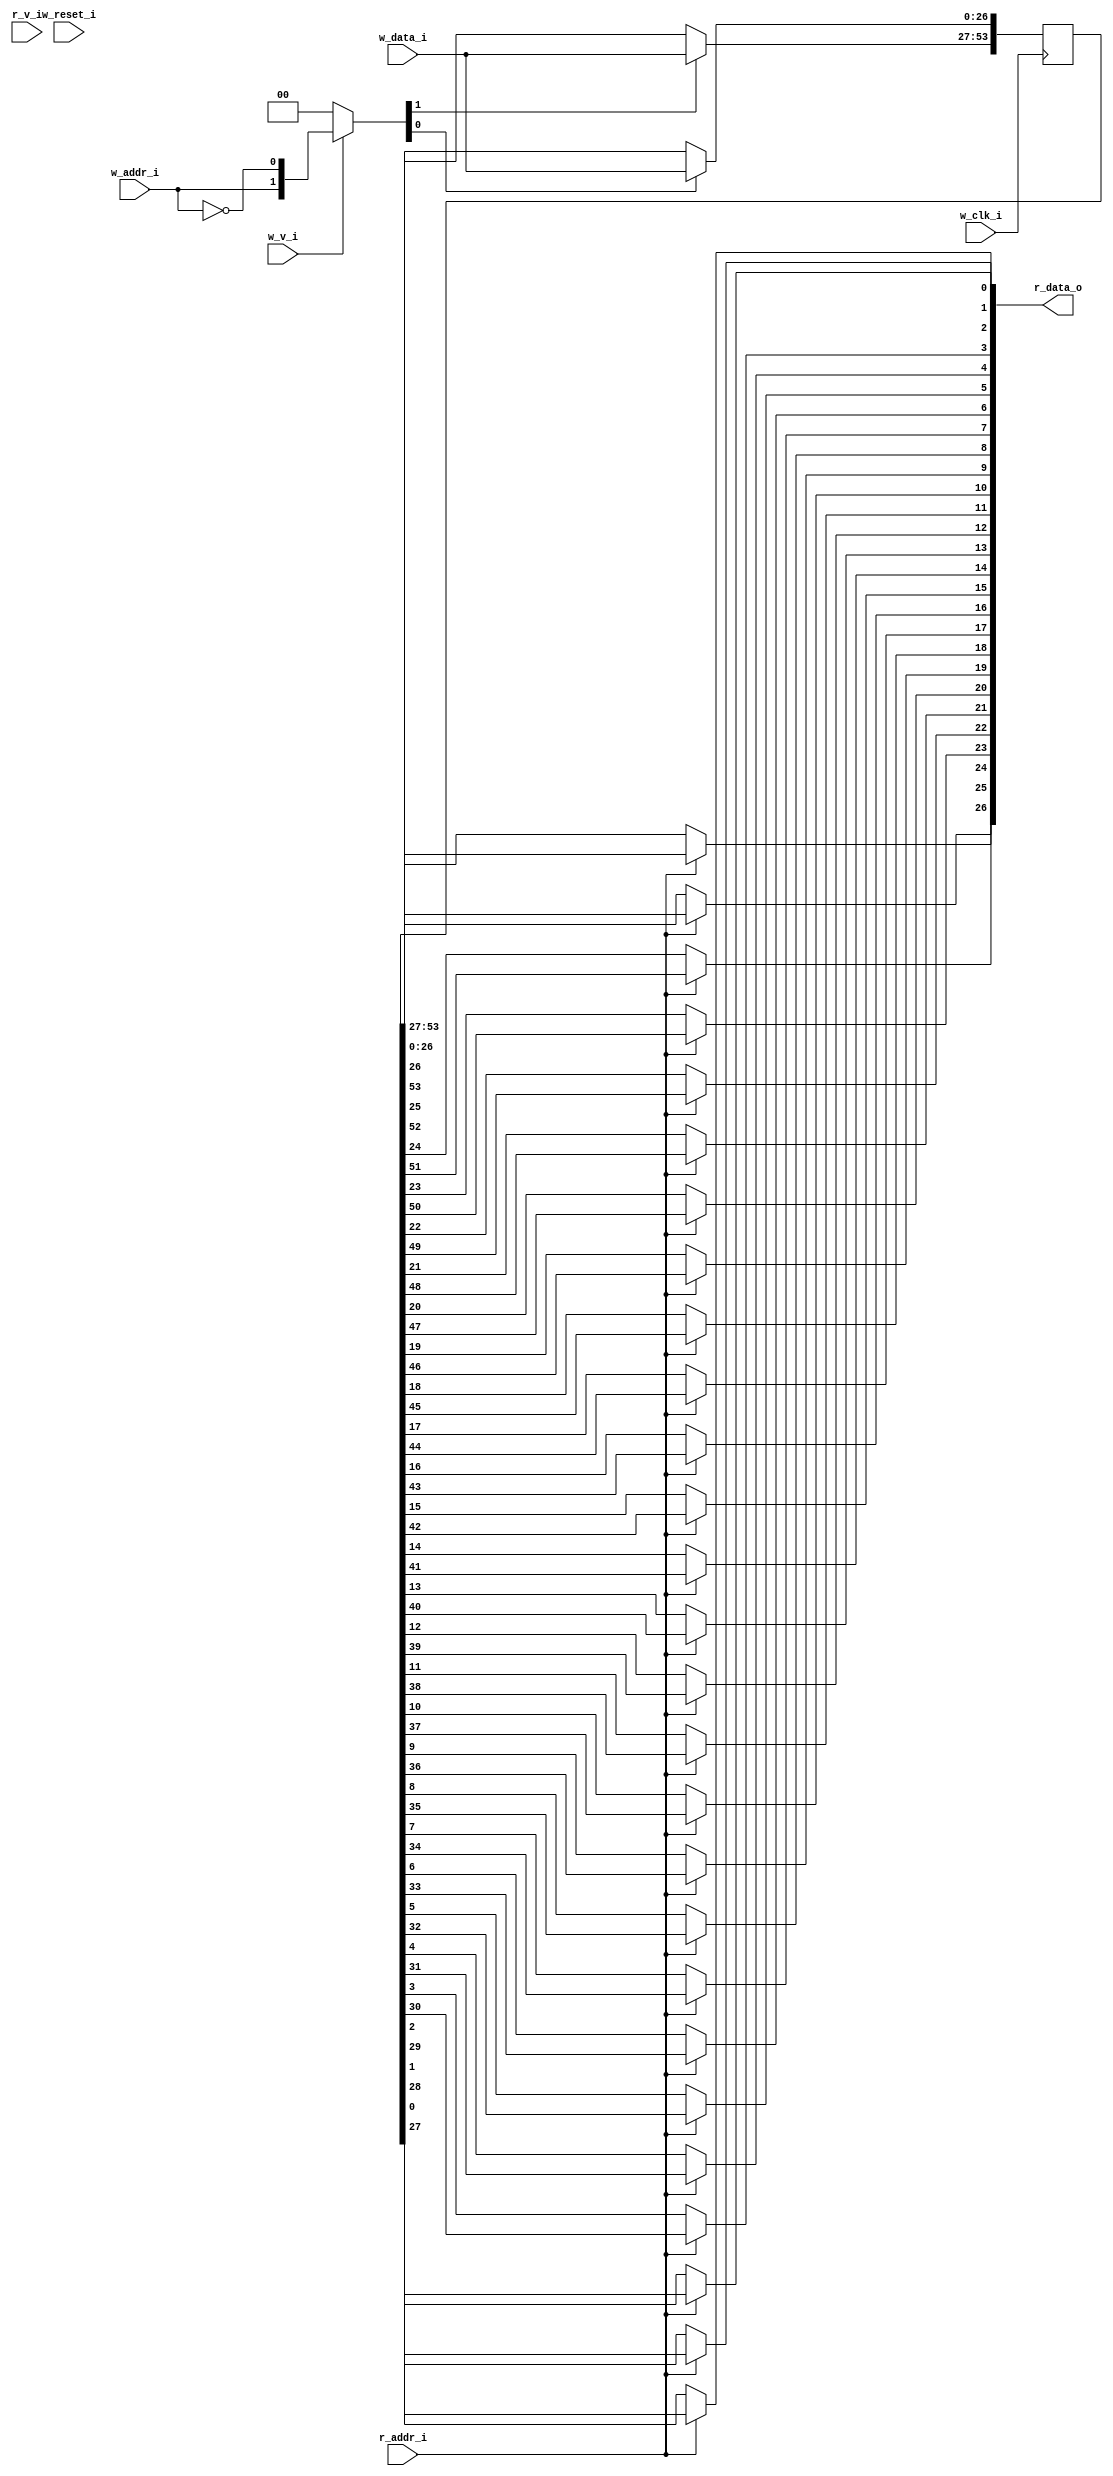
// This program was cloned from: https://github.com/NYU-MLDA/OpenABC
// License: BSD 3-Clause "New" or "Revised" License

module bsg_mem_1r1w_synth_width_p27_els_p2_read_write_same_addr_p0_harden_p0
(
  w_clk_i,
  w_reset_i,
  w_v_i,
  w_addr_i,
  w_data_i,
  r_v_i,
  r_addr_i,
  r_data_o
);

  input [0:0] w_addr_i;
  input [26:0] w_data_i;
  input [0:0] r_addr_i;
  output [26:0] r_data_o;
  input w_clk_i;
  input w_reset_i;
  input w_v_i;
  input r_v_i;
  wire [26:0] r_data_o;
  wire N0,N1,N2,N3,N4,N5,N7,N8;
  reg [53:0] mem;
  assign r_data_o[26] = (N3)? mem[26] :
                        (N0)? mem[53] : 1'b0;
  assign N0 = r_addr_i[0];
  assign r_data_o[25] = (N3)? mem[25] :
                        (N0)? mem[52] : 1'b0;
  assign r_data_o[24] = (N3)? mem[24] :
                        (N0)? mem[51] : 1'b0;
  assign r_data_o[23] = (N3)? mem[23] :
                        (N0)? mem[50] : 1'b0;
  assign r_data_o[22] = (N3)? mem[22] :
                        (N0)? mem[49] : 1'b0;
  assign r_data_o[21] = (N3)? mem[21] :
                        (N0)? mem[48] : 1'b0;
  assign r_data_o[20] = (N3)? mem[20] :
                        (N0)? mem[47] : 1'b0;
  assign r_data_o[19] = (N3)? mem[19] :
                        (N0)? mem[46] : 1'b0;
  assign r_data_o[18] = (N3)? mem[18] :
                        (N0)? mem[45] : 1'b0;
  assign r_data_o[17] = (N3)? mem[17] :
                        (N0)? mem[44] : 1'b0;
  assign r_data_o[16] = (N3)? mem[16] :
                        (N0)? mem[43] : 1'b0;
  assign r_data_o[15] = (N3)? mem[15] :
                        (N0)? mem[42] : 1'b0;
  assign r_data_o[14] = (N3)? mem[14] :
                        (N0)? mem[41] : 1'b0;
  assign r_data_o[13] = (N3)? mem[13] :
                        (N0)? mem[40] : 1'b0;
  assign r_data_o[12] = (N3)? mem[12] :
                        (N0)? mem[39] : 1'b0;
  assign r_data_o[11] = (N3)? mem[11] :
                        (N0)? mem[38] : 1'b0;
  assign r_data_o[10] = (N3)? mem[10] :
                        (N0)? mem[37] : 1'b0;
  assign r_data_o[9] = (N3)? mem[9] :
                       (N0)? mem[36] : 1'b0;
  assign r_data_o[8] = (N3)? mem[8] :
                       (N0)? mem[35] : 1'b0;
  assign r_data_o[7] = (N3)? mem[7] :
                       (N0)? mem[34] : 1'b0;
  assign r_data_o[6] = (N3)? mem[6] :
                       (N0)? mem[33] : 1'b0;
  assign r_data_o[5] = (N3)? mem[5] :
                       (N0)? mem[32] : 1'b0;
  assign r_data_o[4] = (N3)? mem[4] :
                       (N0)? mem[31] : 1'b0;
  assign r_data_o[3] = (N3)? mem[3] :
                       (N0)? mem[30] : 1'b0;
  assign r_data_o[2] = (N3)? mem[2] :
                       (N0)? mem[29] : 1'b0;
  assign r_data_o[1] = (N3)? mem[1] :
                       (N0)? mem[28] : 1'b0;
  assign r_data_o[0] = (N3)? mem[0] :
                       (N0)? mem[27] : 1'b0;
  assign N5 = ~w_addr_i[0];
  assign { N8, N7 } = (N1)? { w_addr_i[0:0], N5 } :
                      (N2)? { 1'b0, 1'b0 } : 1'b0;
  assign N1 = w_v_i;
  assign N2 = N4;
  assign N3 = ~r_addr_i[0];
  assign N4 = ~w_v_i;

  always @(posedge w_clk_i) begin
    if(N8) begin
      { mem[53:27] } <= { w_data_i[26:0] };
    end
    if(N7) begin
      { mem[26:0] } <= { w_data_i[26:0] };
    end
  end


endmodule